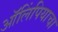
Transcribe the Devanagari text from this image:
ऑलिंपियाचा